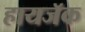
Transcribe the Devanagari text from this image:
हायजॅक